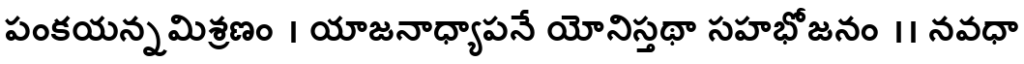
పంకయన్నమిశ్రణం । యాజనాధ్యాపనే యోనిస్తథా సహభోజనం ।। నవధా